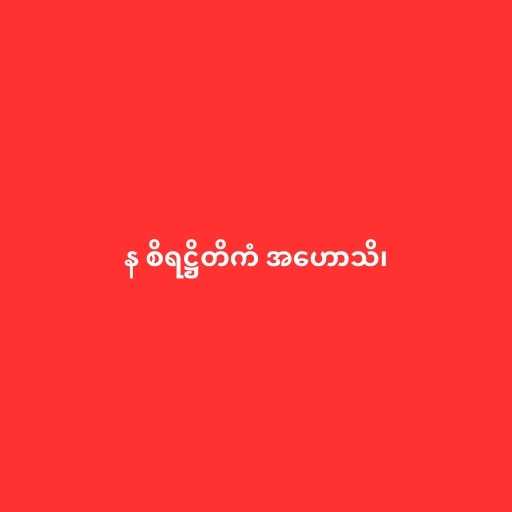
န စိရဋ္ဌိတိကံ အဟောသိ၊